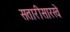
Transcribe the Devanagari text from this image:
सतारीसारखे